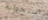
استجوابه